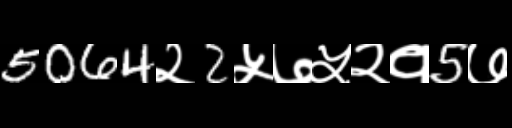
Text: 5064२2५७५२१5७